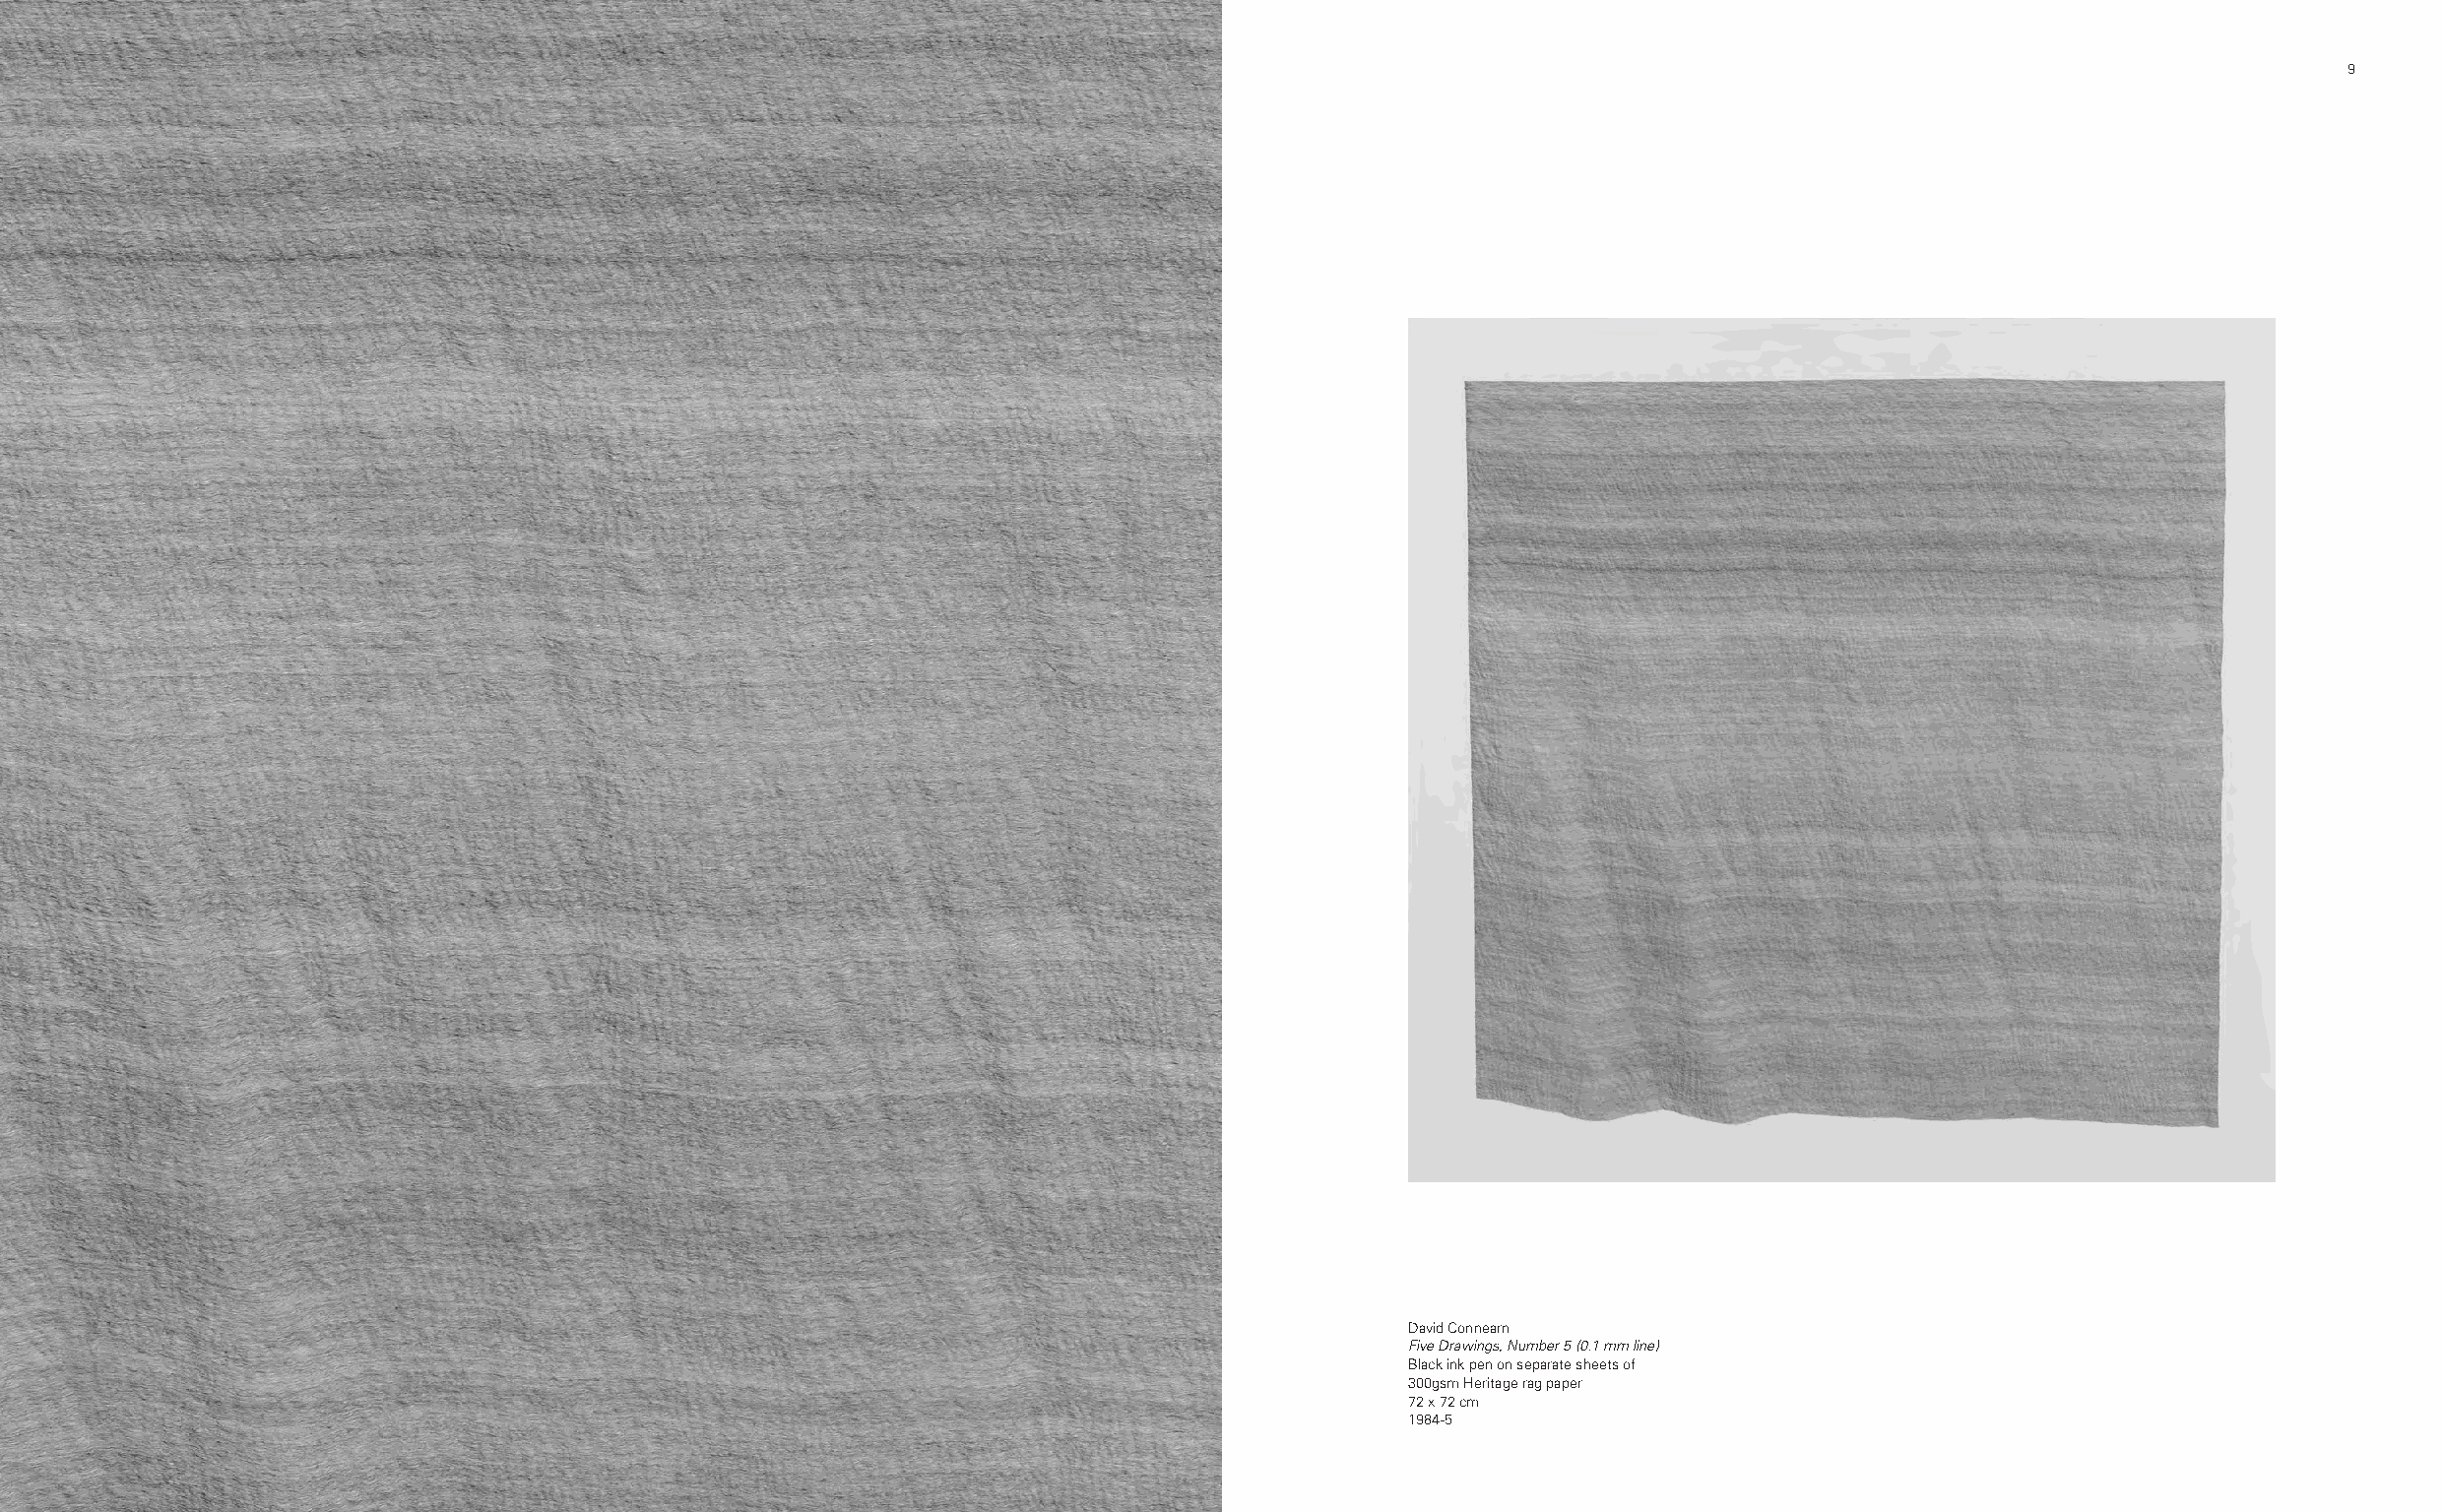
9
 David Connearn
 Five Drawings, Number 5 (0.1 mm line)
 Black ink pen on separate sheets of
 300gsm Heritage rag paper
 72 x 72 cm
 1984-5